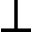
\perp